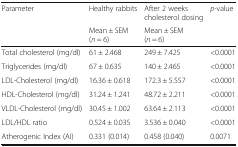
<table><thead><tr><td rowspan="2"><b>Parameter</b></td><td><b>Healthy rabbits</b></td><td><b>After 2 weeks cholesterol dosing</b></td><td rowspan="2"><b><i>p</i>-value</b></td></tr><tr><td><b>Mean ± SEM (<i>n</i> = 6)</b></td><td><b>Mean ± SEM (<i>n</i> = 6)</b></td></tr></thead><tbody><tr><td>Total cholesterol (mg/dl)</td><td>61 ± 2.468</td><td>249 ± 7.425</td><td>&lt;0.0001</td></tr><tr><td>Triglycerides (mg/dl)</td><td>67 ± 0.635</td><td>140 ± 2.465</td><td>&lt;0.0001</td></tr><tr><td>LDL-Cholesterol (mg/dl)</td><td>16.36 ± 0.618</td><td>172.3 ± 5.557</td><td>&lt;0.0001</td></tr><tr><td>HDL-Cholesterol (mg/dl)</td><td>31.24 ± 1.241</td><td>48.72 ± 2.211</td><td>&lt;0.0001</td></tr><tr><td>VLDL-Cholesterol (mg/dl)</td><td>30.45 ± 1.002</td><td>63.64 ± 2.113</td><td>&lt;0.0001</td></tr><tr><td>LDL/HDL ratio</td><td>0.524 ± 0.035</td><td>3.536 ± 0.040</td><td>&lt;0.0001</td></tr><tr><td>Atherogenic Index (AI)</td><td>0.331 (0.014)</td><td>0.458 (0.040)</td><td>0.0071</td></tr></tbody></table>